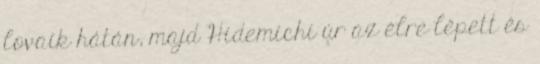
lovaik hátán, majd Hidemichi úr az élre lépett és